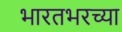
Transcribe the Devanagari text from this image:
भारतभरच्या